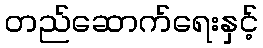
တည်ဆောက်ရေးနှင့်